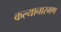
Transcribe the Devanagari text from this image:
कल्यानारमण